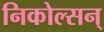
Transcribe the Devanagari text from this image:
निकोल्सन्‌